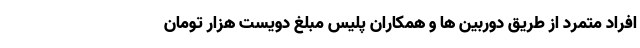
افراد متمرد از طریق دوربین ها و همکاران پلیس مبلغ دویست هزار تومان